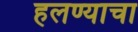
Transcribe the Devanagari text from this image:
हलण्याचा